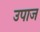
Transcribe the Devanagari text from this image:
उपाज